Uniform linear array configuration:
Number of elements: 48
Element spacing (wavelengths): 1
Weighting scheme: hann
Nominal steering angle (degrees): -15
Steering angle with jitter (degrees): -16.385
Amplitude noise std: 0.05
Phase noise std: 0.05

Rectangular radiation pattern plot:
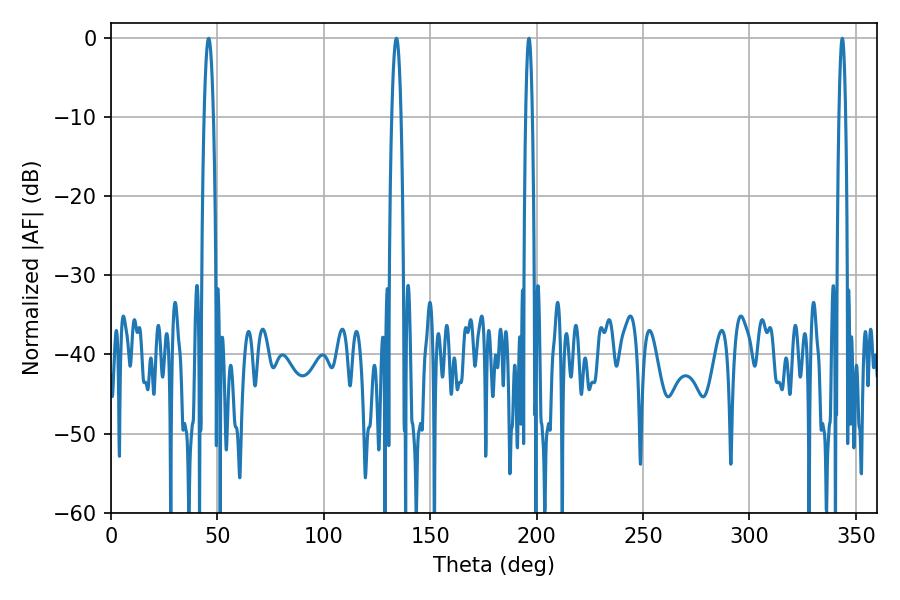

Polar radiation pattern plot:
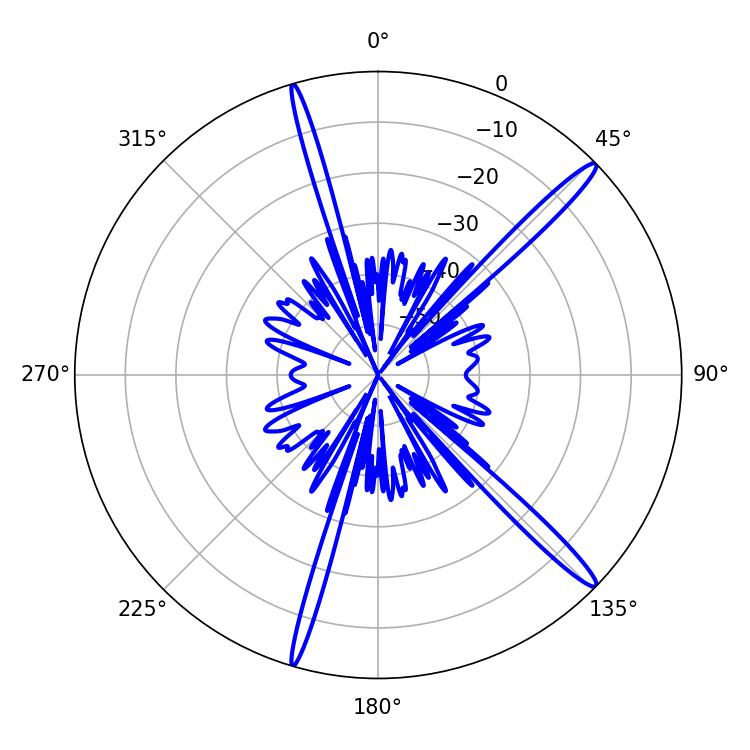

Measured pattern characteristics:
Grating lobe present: TRUE
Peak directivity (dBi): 16.283
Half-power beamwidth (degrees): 1.8
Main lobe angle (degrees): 196.38